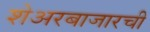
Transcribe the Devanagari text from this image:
शेअरबाजारची